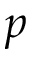
p